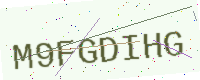
Text: M9FGDIHG